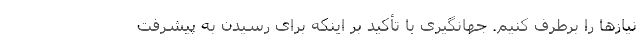
نیازها را برطرف کنیم. جهانگیری با تأکید بر اینکه برای رسیدن به پیشرفت